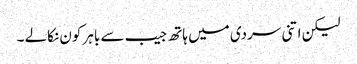
لیکن اتنی سردی میں ہاتھ جیب سے باہر کون نکالے ۔